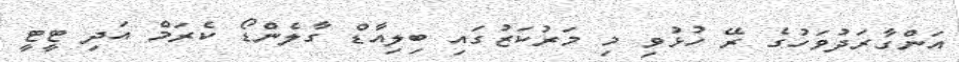
އަންގާރަދުވަހުގެ ރޭ ހުޅުވި މި މަރުކަޒުގައި ބިލިއާޑް ގާލެންޑޯ ކެރަމް އަދި ޓީޓީ